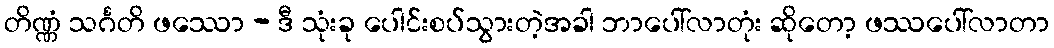
တိဏ္ဏံ သင်္ဂတိ ဖဿော - ဒီ သုံးခု ပေါင်းစပ်သွားတဲ့အခါ ဘာပေါ်လာတုံး ဆိုတော့ ဖဿပေါ်လာတာ